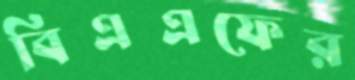
বিএএফের